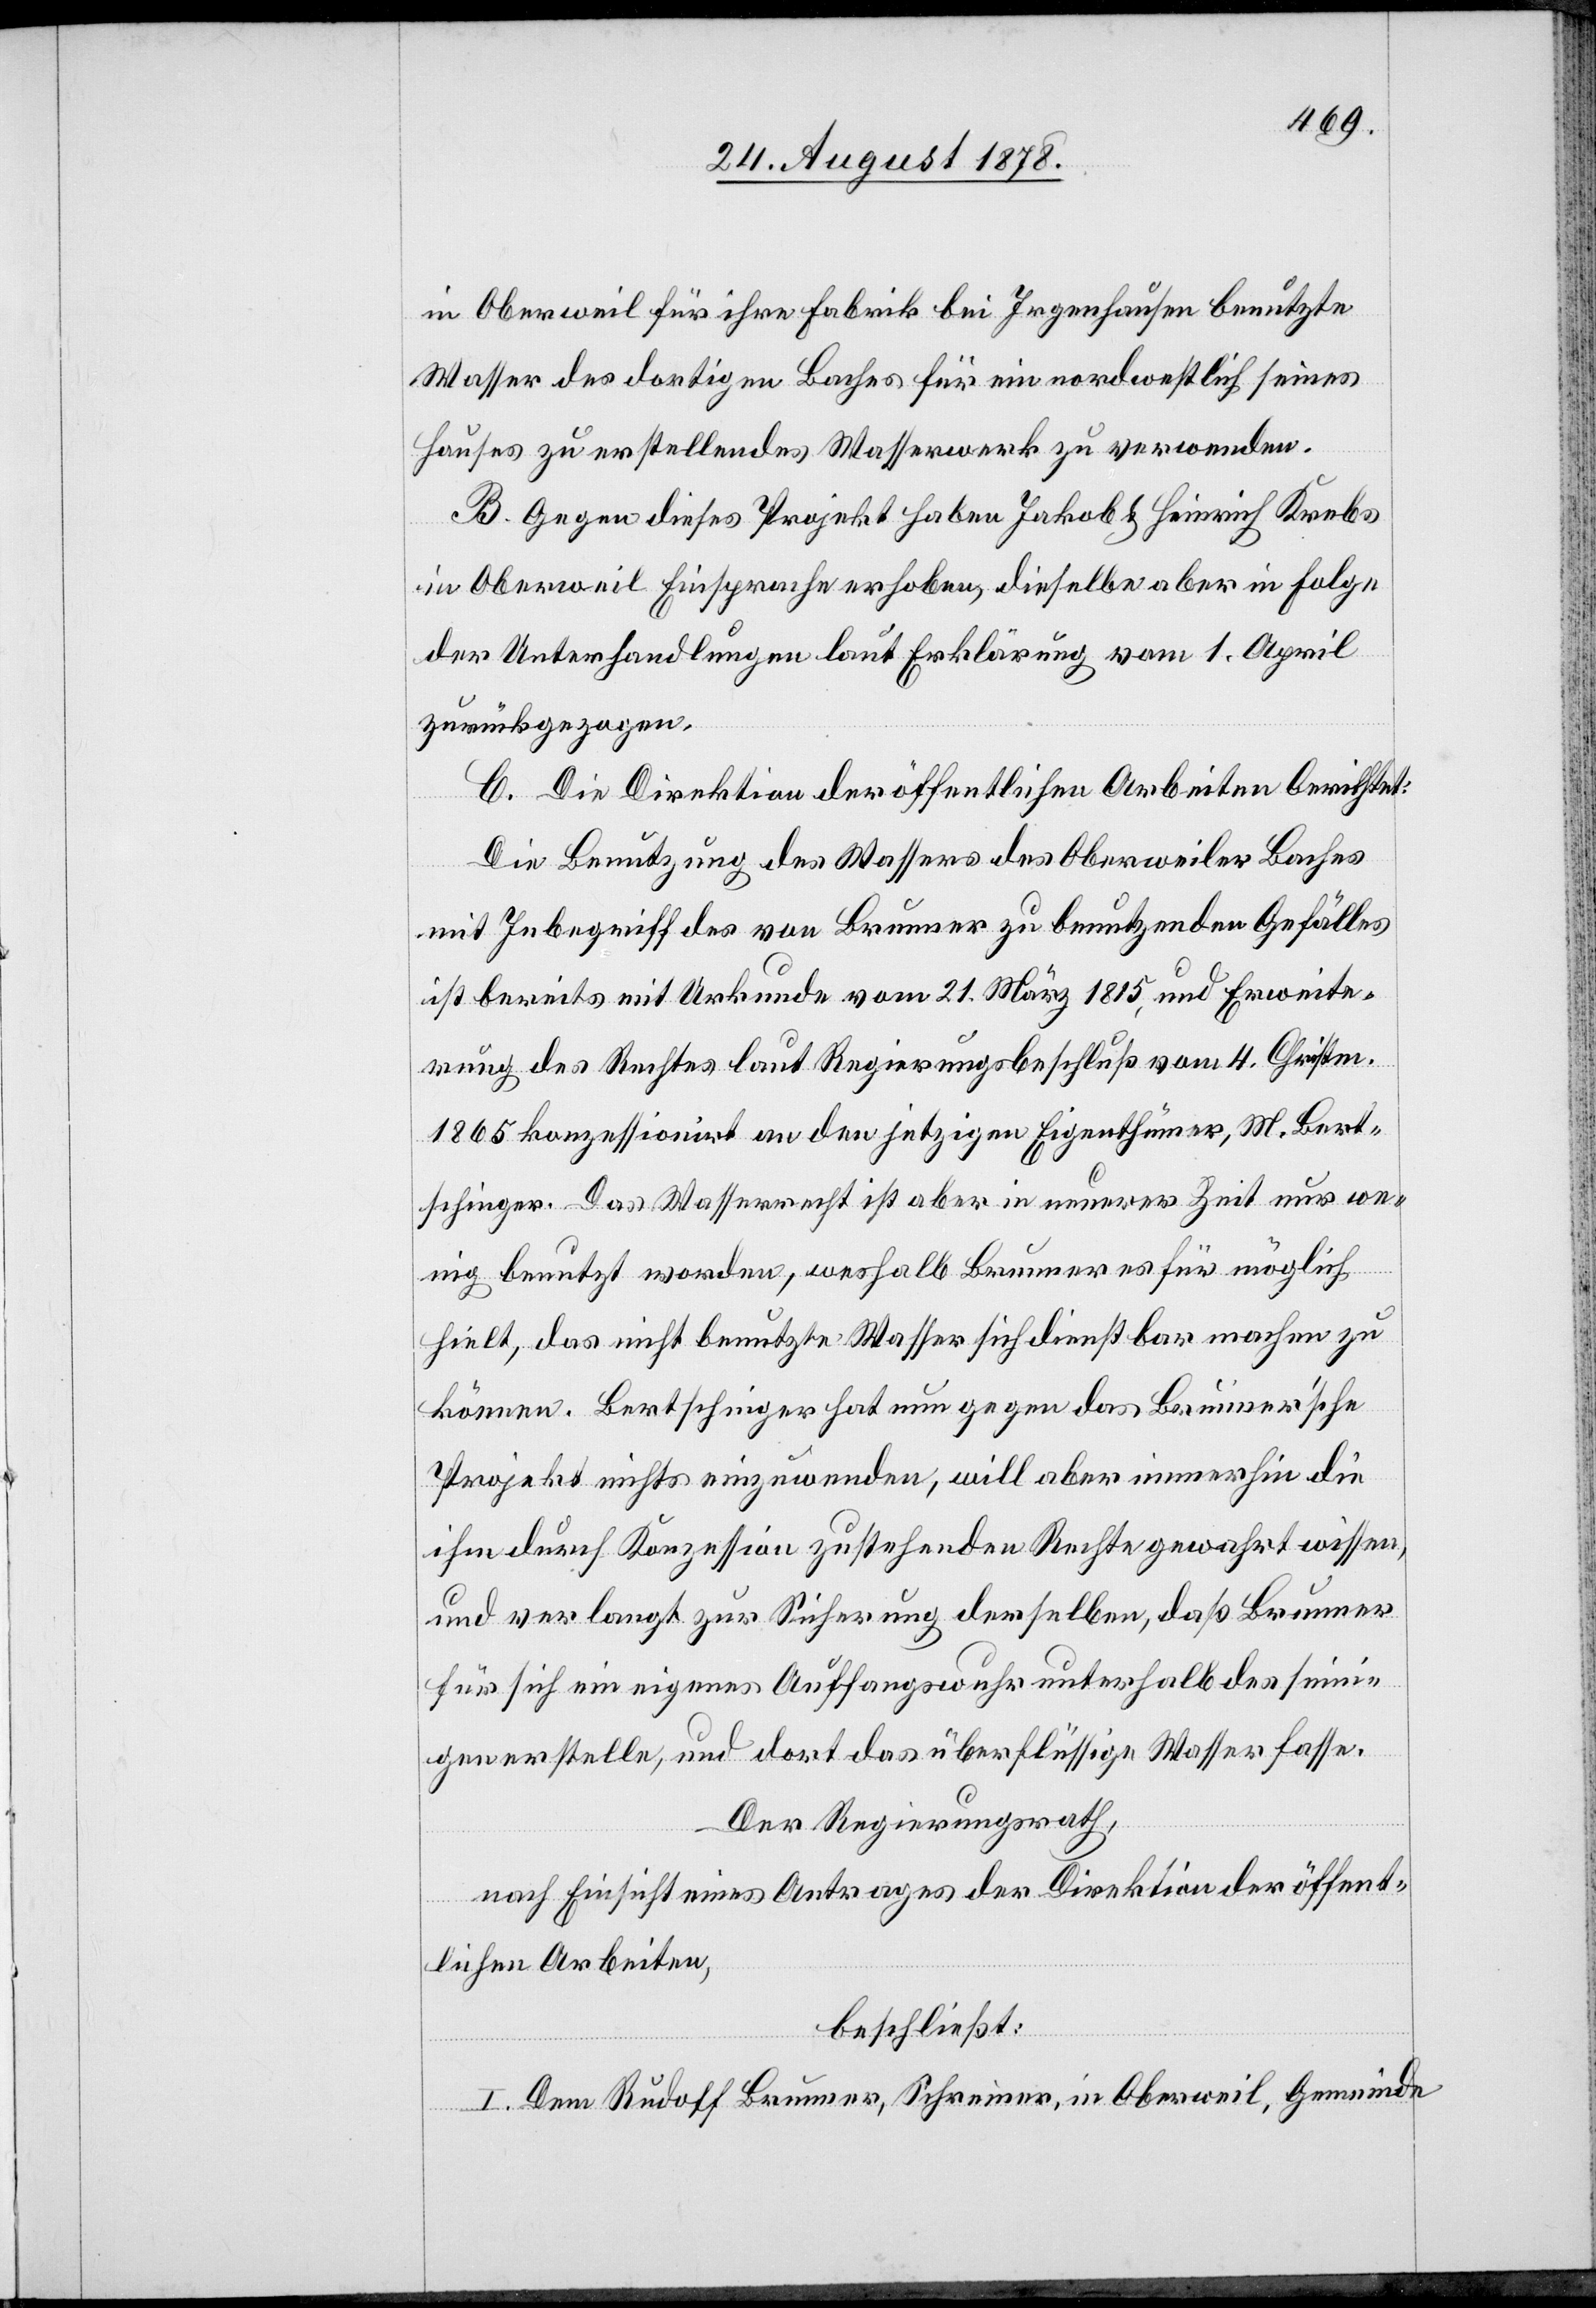
in Oberweil für ihre Fabrik bei Irgenhausen benutzte
Wasser des dortigen Baches für ein nordwestlich seines
Hauses zu erstellendes Wasserwerk zu verwenden.
B. Gegen dieses Projekt haben Jakob & Heinrich Krebs
in Oberweil Einsprache erhoben, dieselbe aber in Folge
der Unterhandlungen laut Erklärung vom 1. April
zurückgezogen.
C. Die Direktion der öffentlichen Arbeiten berichtet:
Die Benutzung des Wassers des Oberweiler Baches
mit Inbegriff des von Brunner zu benutzenden Gefälles
ist bereits mit Urkunde vom 21. März 1815, und Erweite¬
rung des Rechtes laut Regierungsbeschluß vom 4. Christ.
1865 konzessionirt an den jetzigen Eigenthümer, M. Bert¬
schinger. Das Wasserrecht ist aber in neuerer Zeit nur we¬
nig benutzt worden, weshalb Brunner es für möglich
hielt, das nicht benutzte Wasser sich dienstbar machen zu
können. Bertschinger hat nun gegen das Brunner’sche
Projekt nichts einzuwenden, will aber immerhin die
ihm durch Konzession zustehenden Rechte gewahrt wissen,
und verlangt zur Sicherung derselben, daß Brunner
für sich ein eigenes Auffangswuhr unterhalb des seini¬
gen erstelle, und dort das überflüssige Wasser fasse.
Der Regierungsrath,
nach Einsicht eines Antrages der Direktion der öffent¬
lichen Arbeiten,
beschließt:
I. Dem Rudolf Brunner, Schreiner, in Oberweil, Gemeinde